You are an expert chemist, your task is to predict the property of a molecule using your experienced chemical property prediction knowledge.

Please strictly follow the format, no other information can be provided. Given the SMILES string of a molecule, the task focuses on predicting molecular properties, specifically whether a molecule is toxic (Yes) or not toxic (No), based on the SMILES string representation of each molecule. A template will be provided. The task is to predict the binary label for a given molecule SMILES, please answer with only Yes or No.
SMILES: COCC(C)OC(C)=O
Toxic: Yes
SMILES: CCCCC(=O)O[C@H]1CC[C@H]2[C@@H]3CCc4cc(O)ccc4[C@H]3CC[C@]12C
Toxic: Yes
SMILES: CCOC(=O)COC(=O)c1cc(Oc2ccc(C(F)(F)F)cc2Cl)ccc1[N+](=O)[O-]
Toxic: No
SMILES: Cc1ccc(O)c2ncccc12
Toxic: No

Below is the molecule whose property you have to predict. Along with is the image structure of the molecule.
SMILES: CCCCn1cc[n+](C)c1.Cl[Fe-](Cl)(Cl)Cl
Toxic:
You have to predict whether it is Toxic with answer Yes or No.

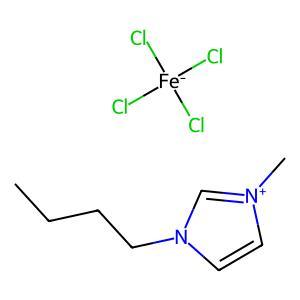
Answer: No